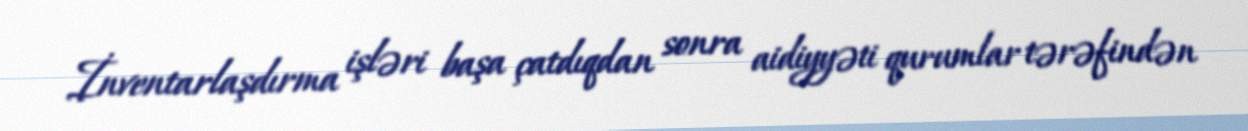
İnventarlaşdırma işləri başa çatdıqdan sonra aidiyyəti qurumlar tərəfindən